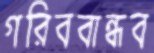
গরিববান্ধব